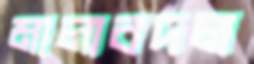
মালাবদল